King Institute of Preventive Medicine Micro-Biological Section reports 1912-19
Year: 1912
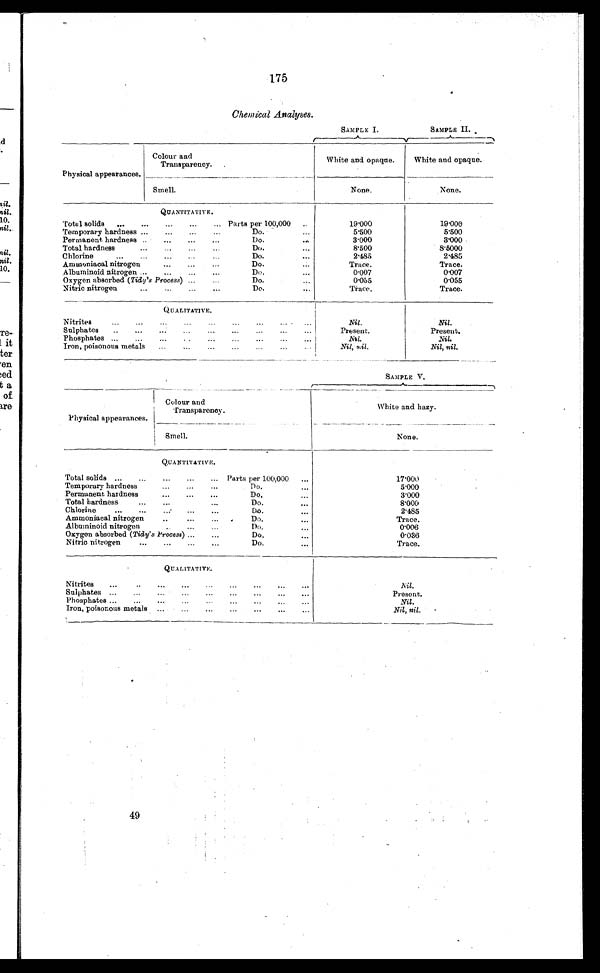
4 9
175
Chemical Analyses.
SAMPLE I.
SAMPLE II.
Physical appearances.
Colour and
Transparency.
White and opaque.
White and opaque.
Smell.
None.
None.
QUANTITATIVE.
Total solids „.. ... ... ... ...
Parts per 100,000 ..
19.000
19.000
Temporary hardness ...
...
...
...
Do.
...
5.500
5.500
Permanent. hardness ..
...
...
...
Do.
...
3.000
3.000
Total hardness
...
Do.
...
8.500
8.5000
Chlorine
...
...
...
...
...
Do.
...
2.485
2.485
Ammoniacal nitrogen ... ... ...
Do.
...
Trace.
Trace.
Albuminoid nitrogen ...
...
...
Do.
...
0.007
0.007
Oxygen absorbed (Tidy's Process) ...
Do.
...
0.055
0.055
Nitric nitrogen
...
...
Do.
...
Trace.
Trace.
QUALITATIVE.
Nitrites
...
...
...
...
...
...
...
...
Nil.
Nil.
Sulphates
..
...
...
...
...
...
Present.
Present.
Phosphates ...
...
. ... ... ... ... ...
N i l
Nil.
Iron, poisonous metals
...
...
...
...
...
...
Nil, nil.
Nil, nil.
SAMPLE V.
Physical appearances.
Colour and
Transparency.
White and hazy.
Smell.
None.
QUANTITATIVE.
Total solids ...
...
...
...
... Parts per 100,000 ...
17.000
Temporary hardness
...
...
Do.
...
5.000
Permanent hardness
...
...
...
Do.
3.000
Total hardness
...
...
...
Do.
...
8.000
Chlorine
...
...
...
Do.
...
2.485
Ammoniacal nitrogen
... ... ...
Do.
...
Trace.
Albuininoid nitrogen
...
...
Do.
...
0.006
Oxygen absorbed (Tidy's Process) ...
...
Do.
...
0.036
Nitric nitrogen
...
...
Do.
...
Trace.
QUALITATIVE.
Nitrites
...
..
...
...
...
...
...
...
...
Nil.
Sulphates ...
...
...
...
...
...
...
...
Present.
Phosphates ...
...
...
...
...
...
Nil.
Iron, poisonous metals ...
...
...
...
...
...
Nil, nil.